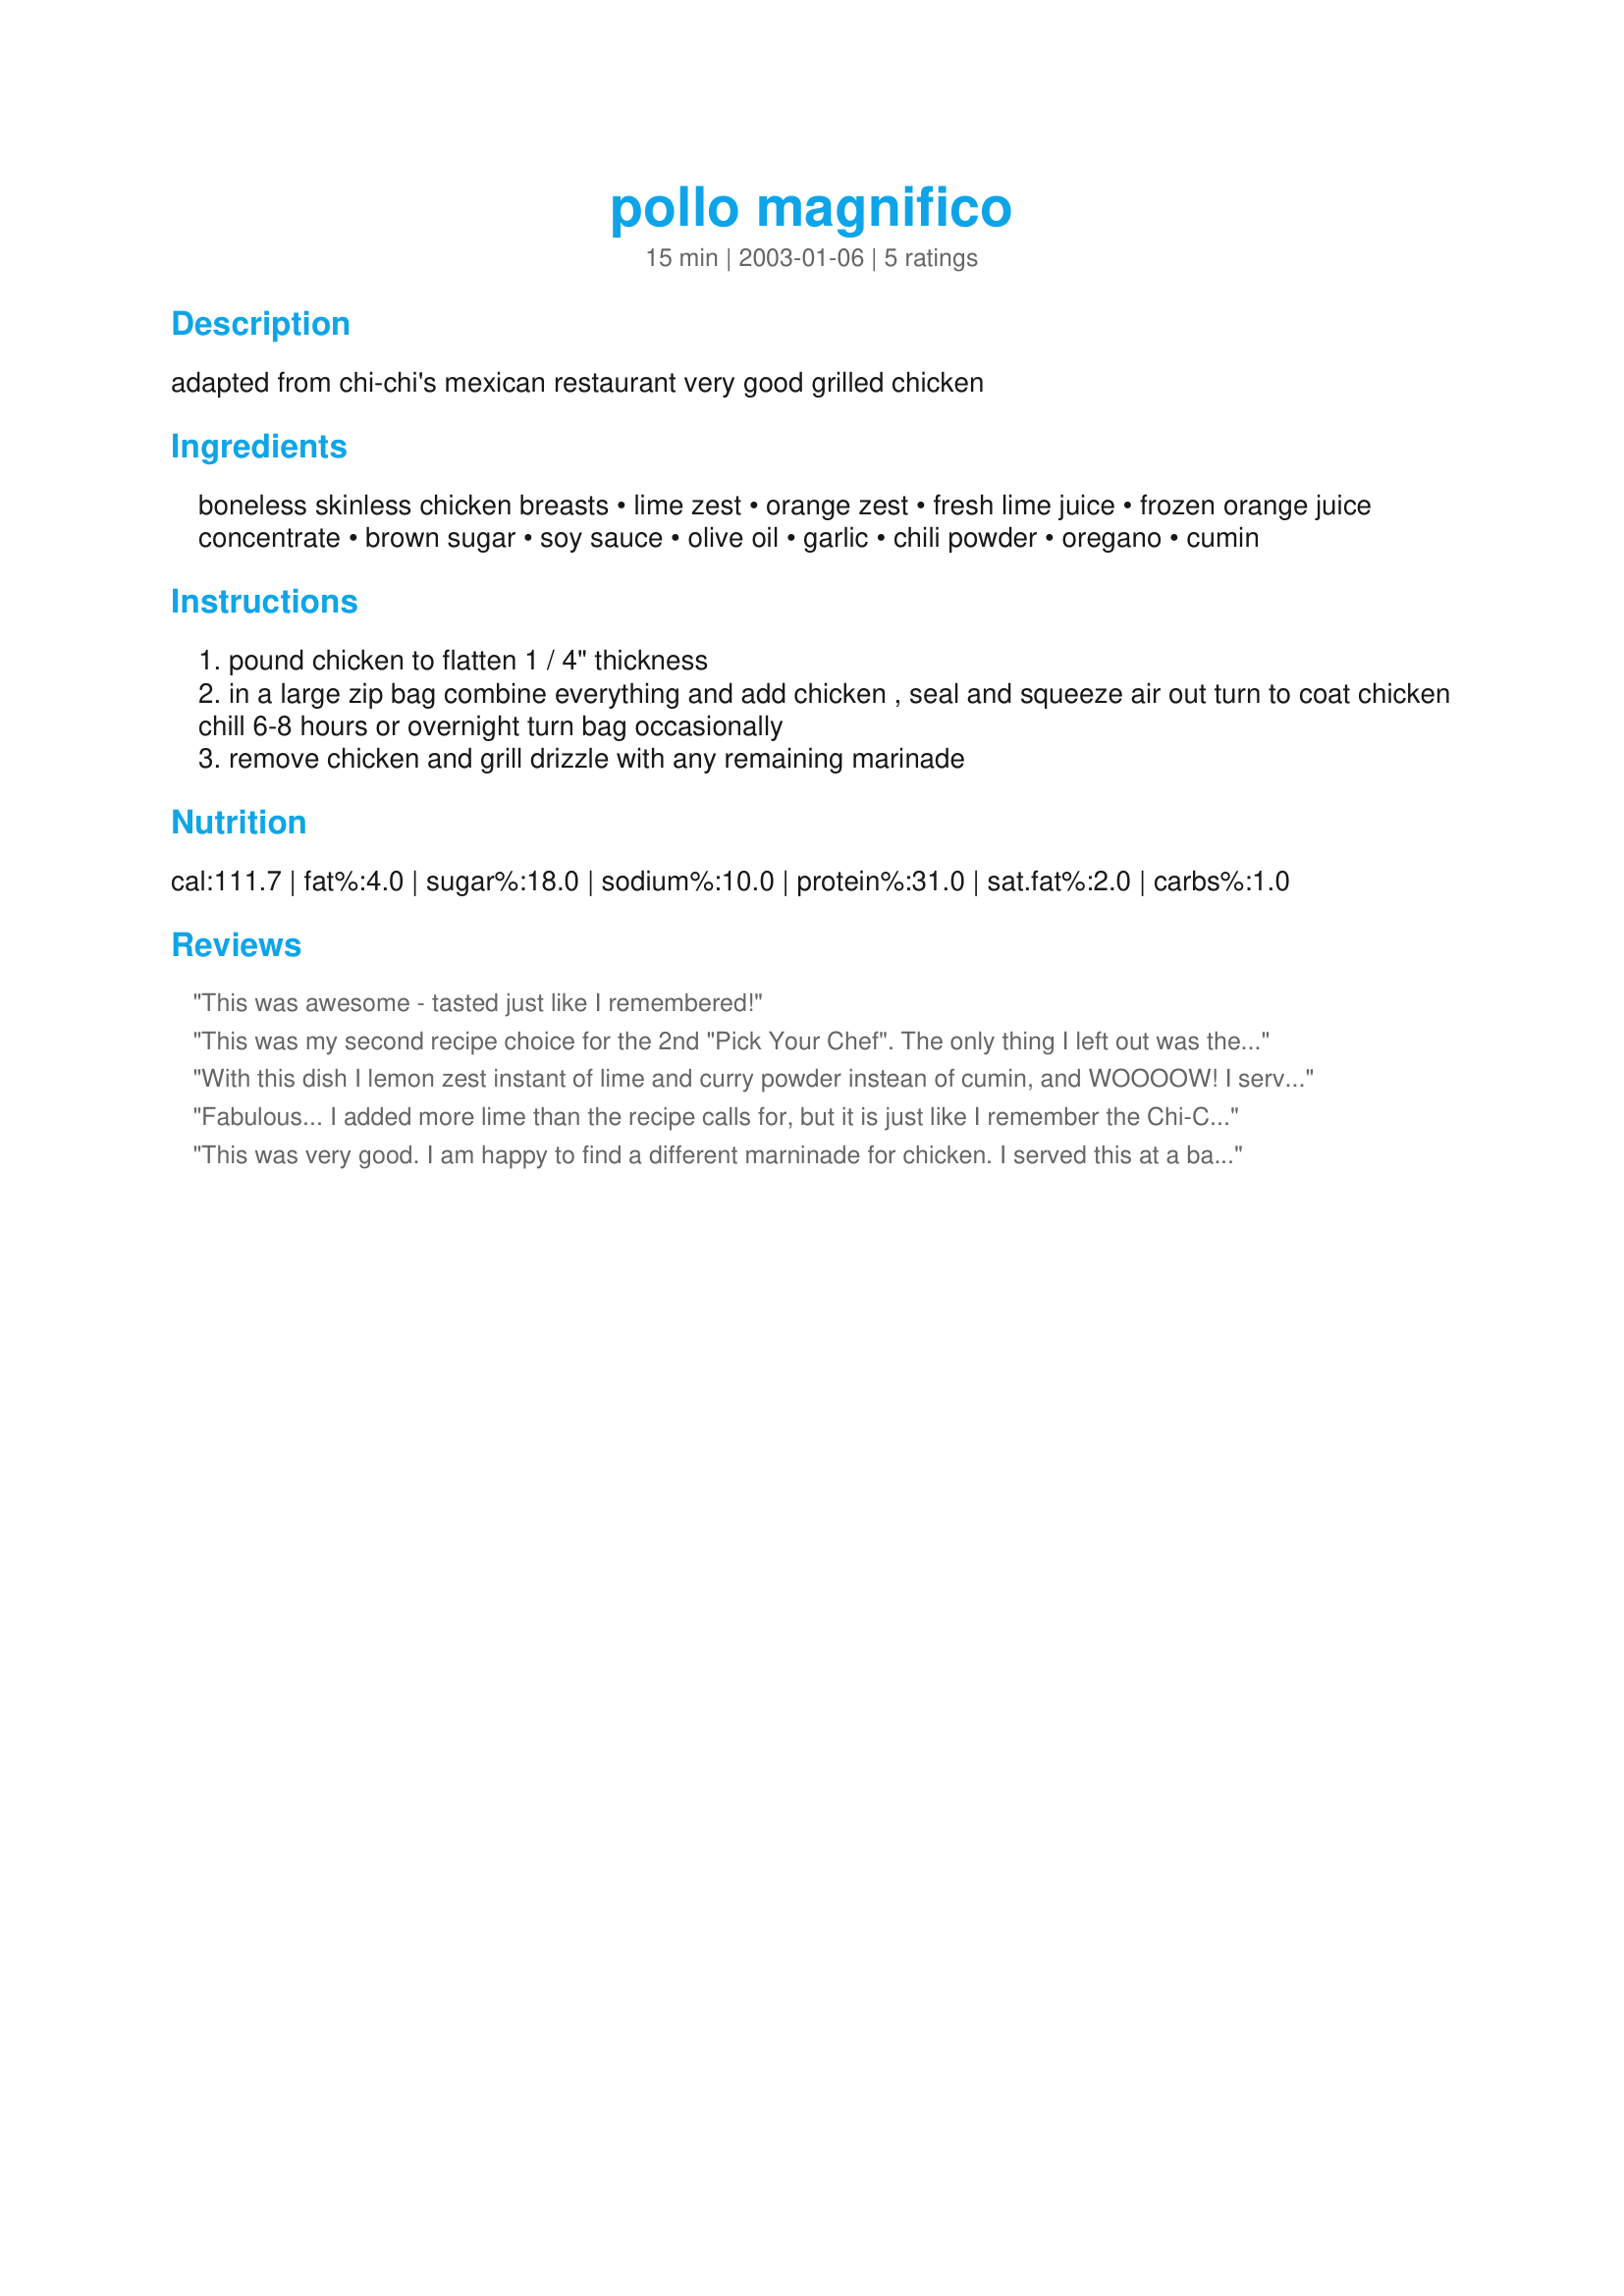
pollo magnifico
Preparation time: 15 minutes

adapted from chi-chi's mexican restaurant very good grilled chicken

Ingredients:
boneless skinless chicken breasts, lime zest, orange zest, fresh lime juice, frozen orange juice concentrate, brown sugar, soy sauce, olive oil, garlic, chili powder, oregano, cumin

Steps:
pound chicken to flatten 1 / 4" thickness
in a large zip bag combine everything and add chicken , seal and squeeze air out turn to coat chicken chill 6-8 hours or overnight turn bag occasionally
remove chicken and grill drizzle with any remaining marinade

Reviews:
This was awesome - tasted just like I remembered!
This was my second recipe choice for the 2nd "Pick Your Chef". The only thing I left out was the cumin, which I didn't have and didn't want to buy for just 1/2 tsp. Marinade smelled wonderful, and the chicken, once cooked, was very tasty. I'd like a stronger lime flavor, as opposed to the orange, so I think I would up the lime and reduce the orange next time. But this is a good light recipe and I would make it again. Note, I have not had the Chi-Chi's version, so I'm not comparing.
With this dish I lemon zest instant of lime and curry powder instean of cumin, and WOOOOW!
I served it with homemade refried beans and spanish rice, and that also just blew the roof off the house. This dinner tasted straight from a restruant. What a wonderful dish NovaLee. Thank you so much for posting this. I will be making it again.
Fabulous... I added more lime than the recipe calls for, but it is just like I remember the Chi-Chi's chicken!!! It is my favorite way to eat chicken.
This was very good. I am happy to find a different marninade for chicken. I served this at a back-yard barbeque and knew it was special when my 9-year old neighbor asked for more chicken instead of dessert! I'm looking forward to having the leftovers (which are few) tomorrow for lunch.
